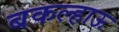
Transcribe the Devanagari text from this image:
बकल्हाऊ